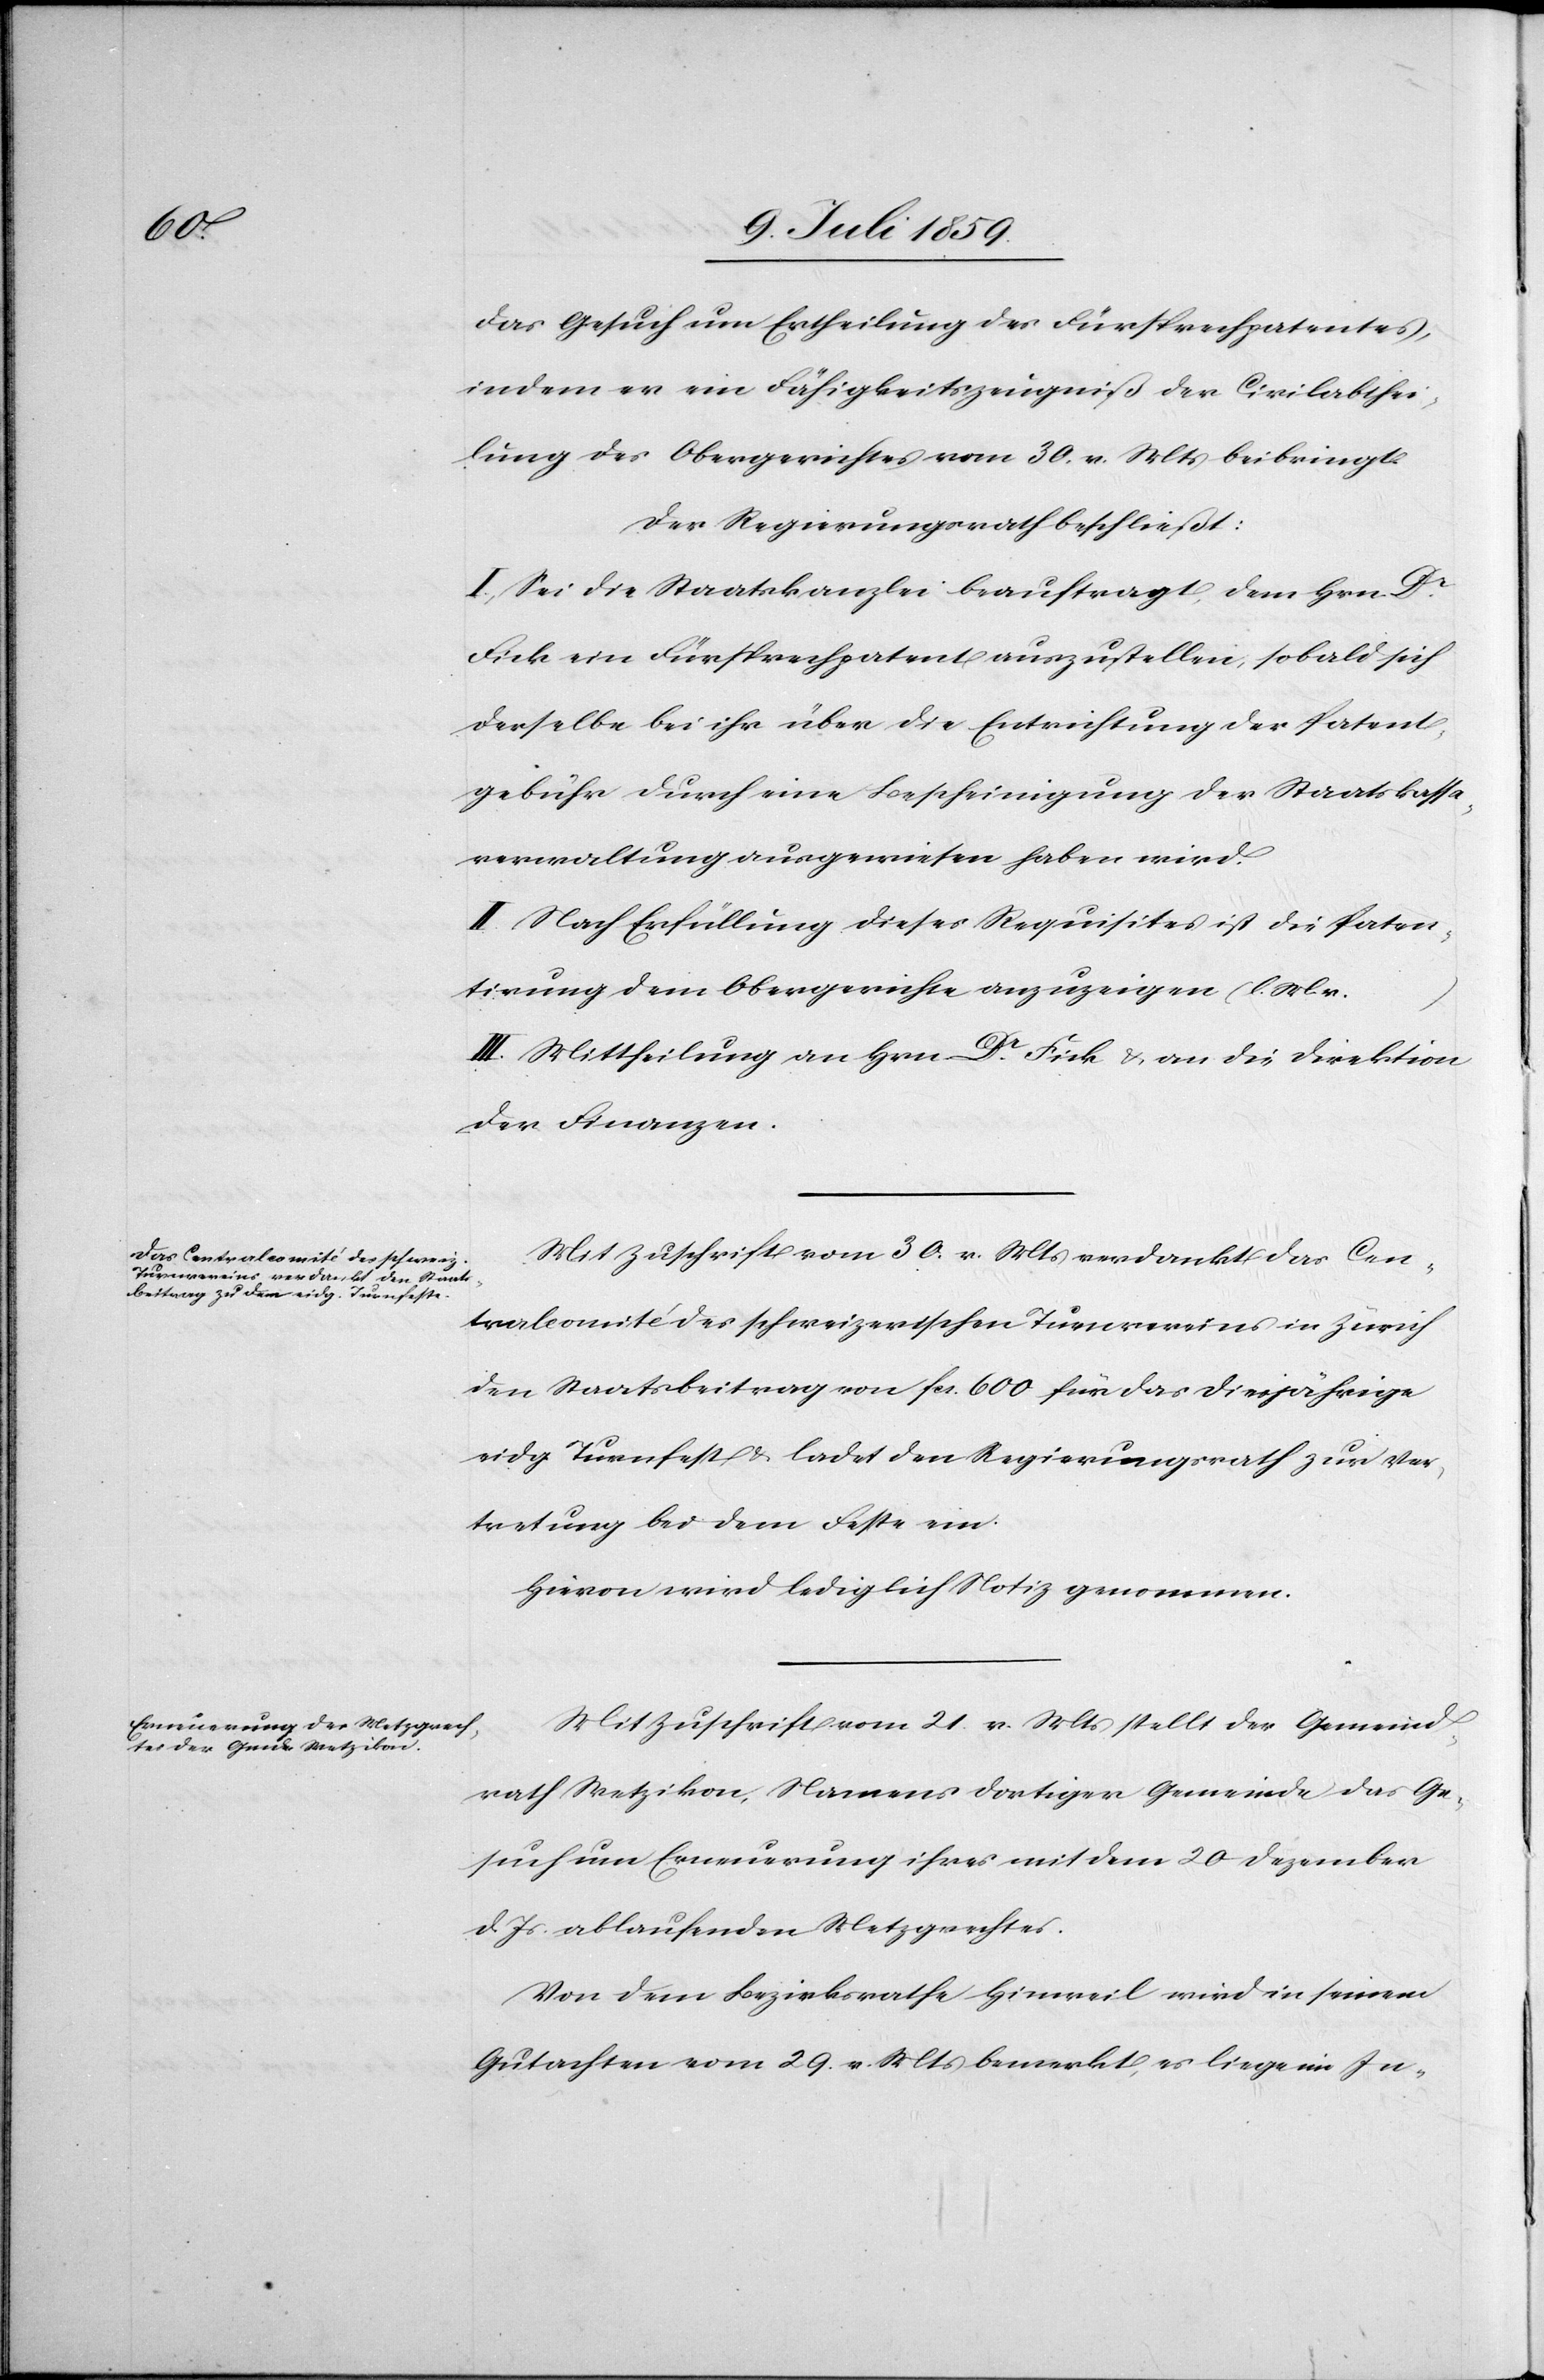
das Gesuch um Ertheilung des Fürsprechpatentes,
indem er ein Fähigkeitszeugniß der Civilabthei¬
lung des Obergerichtes vom 30. v. Mts. beibringt.
Der Regierungsrath beschließt:
I. Sei die Staatskanzlei beauftragt, dem Hrn. Dr.
Fick ein Fürsprechpatent auszustellen, sobald sich
derselbe bei ihr über die Entrichtung der Patent¬
gebühr durch eine Bescheinigung der Staatskassa¬
verwaltung ausgewiesen haben wird.
II. Nach Erfüllung dieses Requisites ist die Paten¬
tirung dem Obergerichte anzuzeigen (l. M. v.
III. Mittheilung an Hrn. Dr. Fick u. an die Direktion
der Finanzen.
Mit Zuschrift vom 30. v. Mts. verdankt das Cen¬
tralcomité des schweizerischen Turnvereins in Zürich
den Staatsbeitrag von fcs. 600 für das diesjährige
eidg. Turnfest u. ladet den Regierungsrath zur Ver¬
tretung bei dem Feste ein.
Hievon wird lediglich Notiz genommen.
Mit Zuschrift vom 21. v. Mts. stellt der Gemeind¬
rath Wetzikon, Namens dortiger Gemeinde das Ge¬
such um Erneuerung ihres mit dem 20 Dezember
d. Js. ablaufenden Metzgrechtes.
Von dem Bezirksrathe Hinweil wird in seinem
Gutachten vom 29. v. Mts. bemerkt, es liege im In-